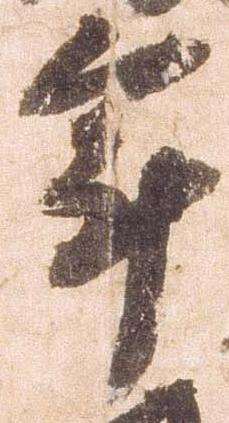
年